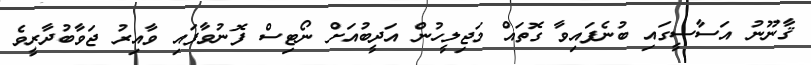
ޤާނޫނު އަސާސީގައި ބުނެފައިވާ ގޮތައް މަޖިލީހުން އަދީބުއަށް ނޯޓިސް ފޮނުވާފައި ވާއިރު ޖަވާބުދާރީވެ